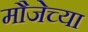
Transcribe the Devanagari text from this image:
मौजेच्या